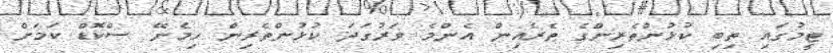
ޓީމުގައި ތިބި ކުޅުންތެރިންގެ ތެރެއިން އެންމެ ވަރުގަދަ ކުޅުންތެރިން ހިމެނޭ ސްކޮޑް ކަމަށް